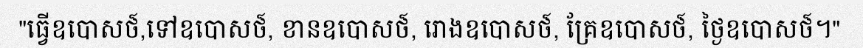
"ធ្វើឧបោសថ៍,ទៅឧបោសថ៍, ខានឧបោសថ៍, រោងឧបោសថ៍, គ្រែឧបោសថ៍, ថ្ងៃឧបោសថ៍។"